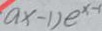
a x - 1 ) e ^ { x - 1 }